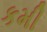
કમી